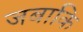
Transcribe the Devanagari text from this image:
जबाकि